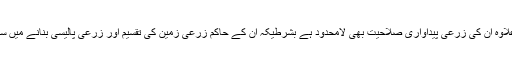
اس کے علاوہ ان کی زرعی پیداواری صلاحیت بھی لامحدود ہے بشرطیکہ ان کے حاکم زرعی زمین کی تقسیم اور زرعی پالیسی بنانے میں سنجیدہ ہوں۔